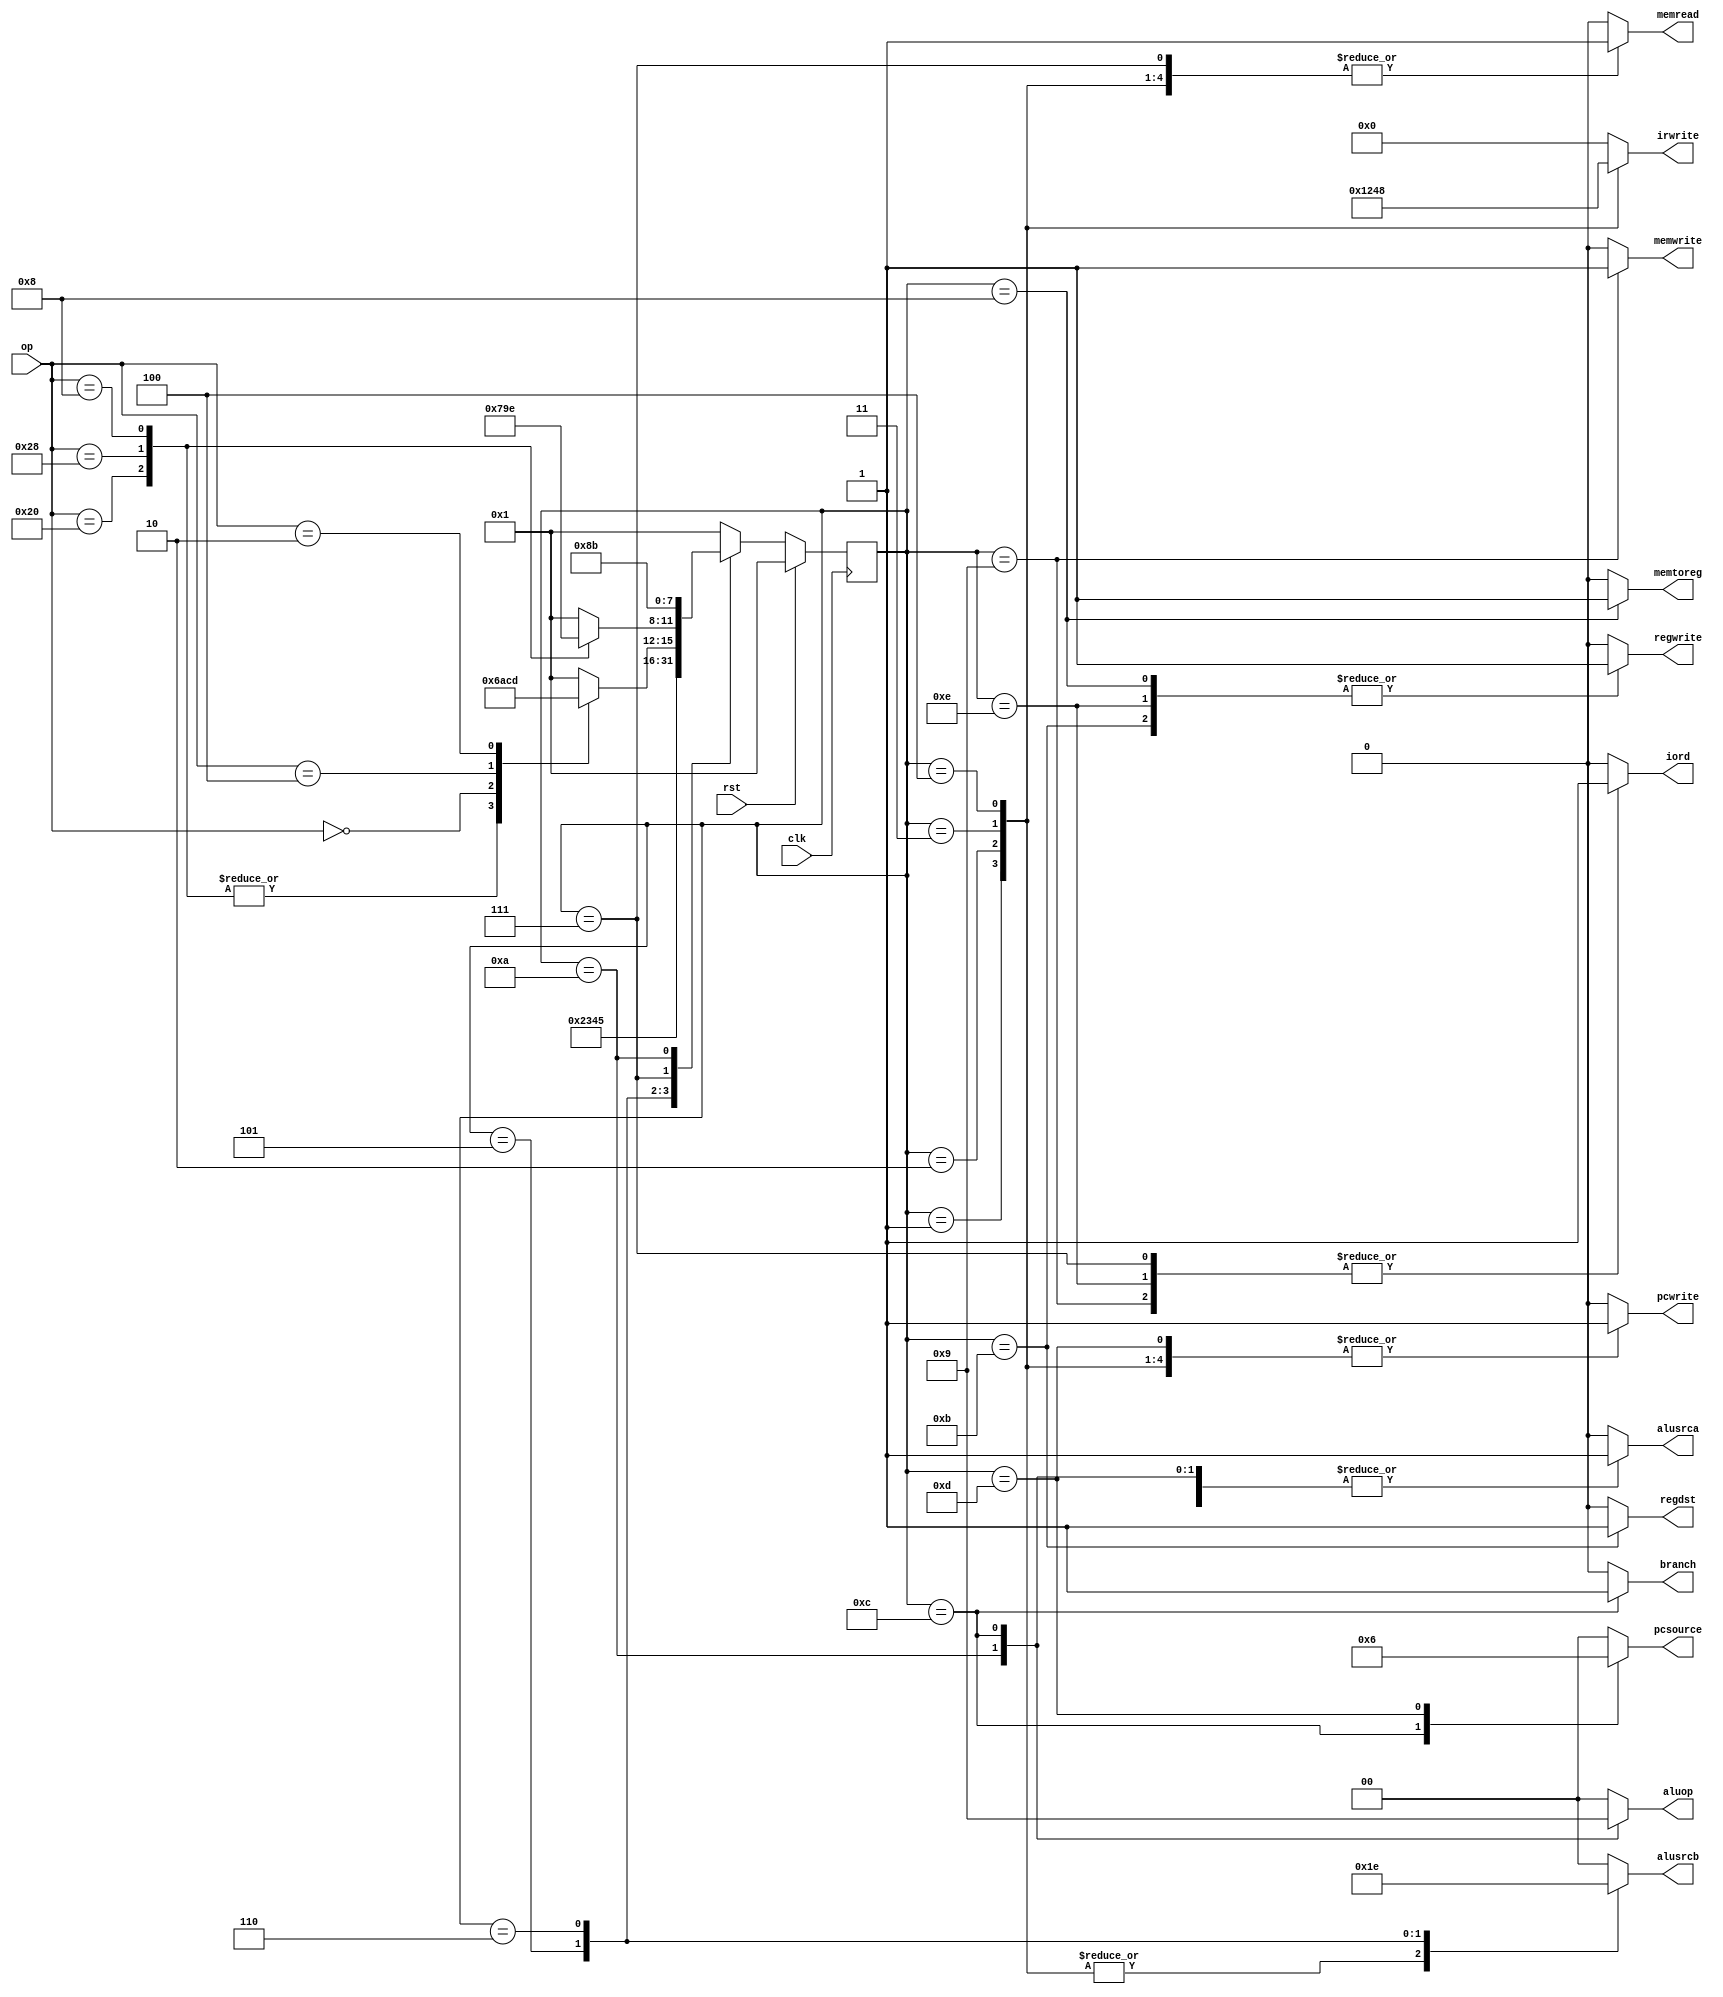
`timescale 1ns/10ps

module controller (input clk, rst,
    input [5:0] op,
    output reg memread, memwrite, alusrca, memtoreg, iord,
    output reg regwrite, regdst,
    output reg [1:0] pcsource, alusrcb, aluop,
    output reg [3:0] irwrite,
    output reg pcwrite, branch);
    //output reg [3:0] state); //added testing output 

    /********* State Encodings *********/
    parameter FETCH1     = 4'b0001;
    parameter FETCH2     = 4'b0010;
    parameter FETCH3     = 4'b0011;
    parameter FETCH4     = 4'b0100;
    parameter DECODE     = 4'b0101;
    parameter MEMADR     = 4'b0110;
    parameter LBRD       = 4'b0111;
    parameter LBWR       = 4'b1000;
    parameter SBWR       = 4'b1001;
    parameter RTYPEEX    = 4'b1010;
    parameter RTYPEWR    = 4'b1011;
    parameter BEQEX      = 4'b1100;
    parameter JEX        = 4'b1101;
    parameter ADDIWR     = 4'b1110; //for immediate add

    /********* Opcodes *****************/
    parameter LB        = 6'b100000;
    parameter SB        = 6'b101000;
    parameter RTYPE     = 6'b000000;
    parameter BEQ       = 6'b000100;
    parameter J         = 6'b000010;
    parameter ADDI      = 6'b001000;

    /******** Local Registers ********/
    reg [3:0] state, nextstate; //temporarily removed state from here
    //reg pcwrite,
    reg pcwritesec;
    //reg branch; //this was in fsm but not in notes

    /******** State Registers *******/
    always @(posedge clk) begin //currently set at syn reset
        if (rst) state <= FETCH1;
        else state <= nextstate;
    end

    /******** Next State Logic ******/
    always @(state) begin
        case (state) 
            FETCH1: nextstate <= FETCH2;
            FETCH2: nextstate <= FETCH3;
            FETCH3: nextstate <= FETCH4;
            FETCH4: nextstate <= DECODE;
            DECODE: case(op)
                LB:     nextstate <= MEMADR;
                SB:     nextstate <= MEMADR;
                ADDI:   nextstate <= MEMADR;
                RTYPE:  nextstate <= RTYPEEX;
                BEQ:    nextstate <= BEQEX;
                J:      nextstate <= JEX;
                // Default state should not be entered
                default: nextstate <= FETCH1;
            endcase
            MEMADR: case(op)
                LB:     nextstate <= LBRD;
                SB:     nextstate <= SBWR;
                ADDI:   nextstate <= ADDIWR;
                // Default state should not be entered
                default: nextstate <= FETCH1;
            endcase
            LBRD:    nextstate <= LBWR;
            LBWR:    nextstate <= FETCH1;
            SBWR:    nextstate <= FETCH1;
            RTYPEEX: nextstate <= RTYPEWR;
            RTYPEWR: nextstate <= FETCH1;
            BEQEX:   nextstate <= FETCH1;
            JEX:     nextstate <= FETCH1;
            ADDIWR:  nextstate <= FETCH1;
            // Default state should not be entered
            default: nextstate <= FETCH1;
        endcase 
    end
    
    /********Output Logic ***********/
    always @(state) begin
        // Set all outputs to zero, then
        // conditionally assert just the appropriate ones
        irwrite <= 4'b0000;
        pcwrite <= 0;
        branch <= 0;
        pcwritesec <= 0;
        regwrite <= 0;
        regdst <= 0;
        memread <= 0;
        memwrite <= 0;
        alusrca <= 0;
        alusrcb <= 2'b00;
        aluop <= 2'b00;
        pcsource <= 2'b00;
        iord <= 0;
        memtoreg <= 0;
        case(state)
            FETCH1: begin
                memread <= 1;
                irwrite <= 4'b0001;
                alusrcb <= 2'b01;
                pcwrite <= 1;
            end
            FETCH2: begin
                memread <= 1;
                irwrite <= 4'b0010;
                alusrcb <= 2'b01;
                pcwrite <= 1;
            end
            FETCH3: begin
                memread <= 1;
                irwrite <= 4'b0100;
                alusrcb <= 2'b01;
                pcwrite <= 1;
            end
            FETCH4: begin
                memread <= 1;
                irwrite <= 4'b1000;
                alusrcb <= 2'b01;
                pcwrite <= 1;
            end
            DECODE: begin
                alusrca <= 0;
                alusrcb <= 2'b11;
                aluop <= 2'b00;
            end
            MEMADR: begin
                alusrca <= 1;
                alusrcb <= 2'b10;
                aluop <= 2'b00;
            end
            RTYPEEX: begin
                alusrca <= 1;
                alusrcb <= 2'b00;
                aluop <= 2'b10;
            end
            BEQEX: begin
                alusrca <= 1;
                alusrcb <= 2'b00;
                aluop <= 2'b01;
                branch <= 1;
                pcsource <= 2'b01;
            end
            JEX: begin
                pcwrite <= 1;
                pcsource <= 2'b10;
            end
            ADDIWR: begin
                regwrite <= 1;
                iord <= 1;
            end
            LBRD: begin
                memread <= 1;
                iord <= 1;
            end
            SBWR: begin
                memwrite <= 1;
                iord <= 1;
            end
            RTYPEWR: begin
                regdst <= 1;
                regwrite <= 1;
                // memtoreg <= 0;
            end
            LBWR: begin
                regwrite <= 1;
                memtoreg <= 1;
            end
        endcase
    end
    
endmodule